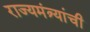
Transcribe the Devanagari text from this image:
राज्यमंत्र्यांची